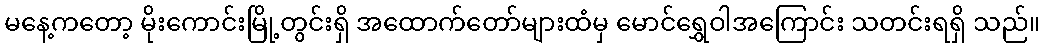
မနေ့ကတော့ မိုးကောင်းမြို့တွင်းရှိ အထောက်တော်များထံမှ မောင်ရွှေဝါအကြောင်း သတင်းရရှိ သည်။